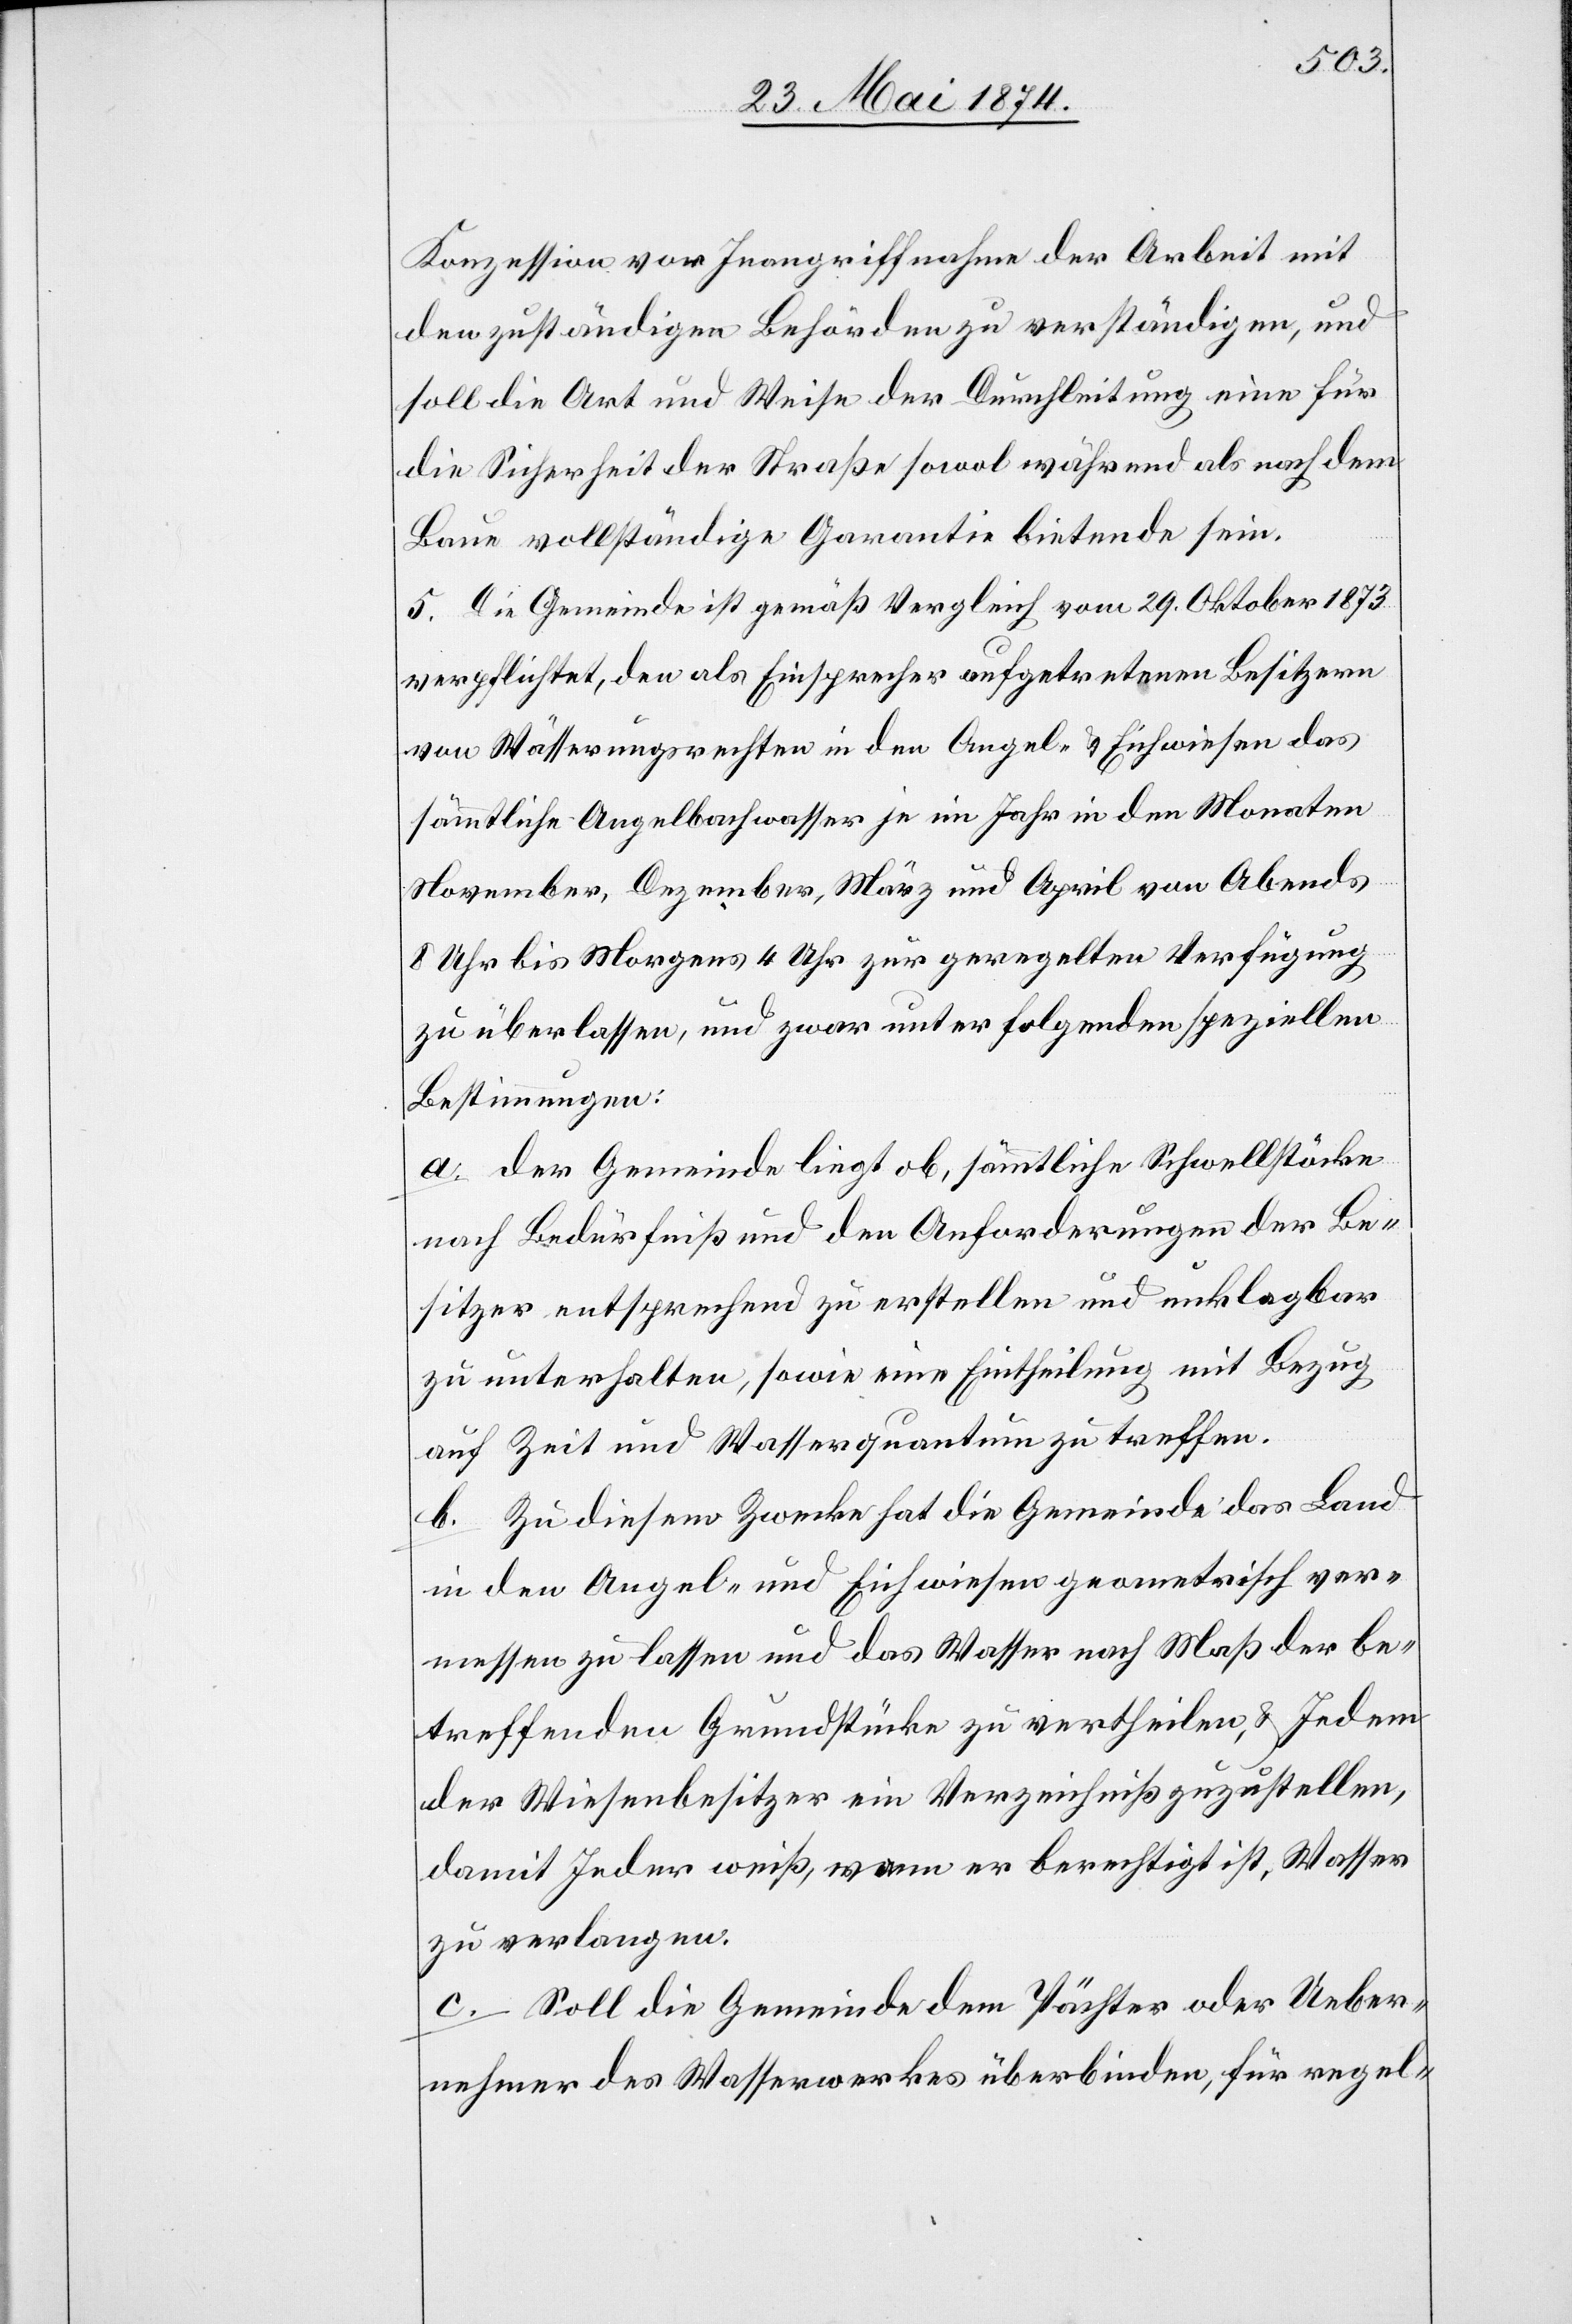
Konzession vor Inangriffnahme der Arbeit mit
den zuständigen Behörden zu verständigen, und
soll die Art und Weise der Durchleitung einen für
die Sicherheit der Straße sowol während als nach dem
Bau vollständige Garantie bietende sein.
5. Die Gemeinde ist gemäß Vergleich vom 29. Oktober 1873
verpflichtet, den als Einsprecher aufgetretenen Besitzern
von Wässerungsrechten in den Angel- u. Eichwiesen das
sämmtliche Angelbachwasser je ein Jahr in den Monaten
November, Dezember, März und April von Abends
8 Uhr bis Morgens 4 Uhr zur geregelten Verfügung
zu überlassen, und zwar unter folgenden speziellen
Bestimmungen:
a. der Gemeinde liegt ob, sämmtliche Schwellstärke
nach Bedürfniß und den Anforderungen der Be¬
sitzer entsprechend zu erstellen und unklagbar
zu unterhalten, sowie eine Eintheilung mit Bezug
auf Zeit und Wasserquantum zu treffen.
b. Zu diesem Zwecke hat die Gemeinde das Land
in den Angel –und Eichweisen geometrisch ver¬
messen zu lassen und das Wasser nach Maß der be¬
treffenden Grundstücke zu vertheilen, u. Jedem
der Wiesenbesitzer ein Verzeichniß zuzustellen,
damit Jeder weiß, wann er berechtigt ist, Wasser
zu verlangen.
c. Soll die Gemeinde dem Pächter oder Ueber¬
nehmer des Wasserwerkes überbinden, für regel-